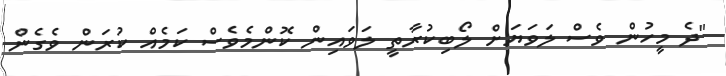
"ދެ މީހުން ވެސް ލަވަޔަށް ލޯބިކުރާތީ ލަވައިން ކޮންމެވެސް ކަމެއް ކުރަން ވެގެން